Indian Medical Review
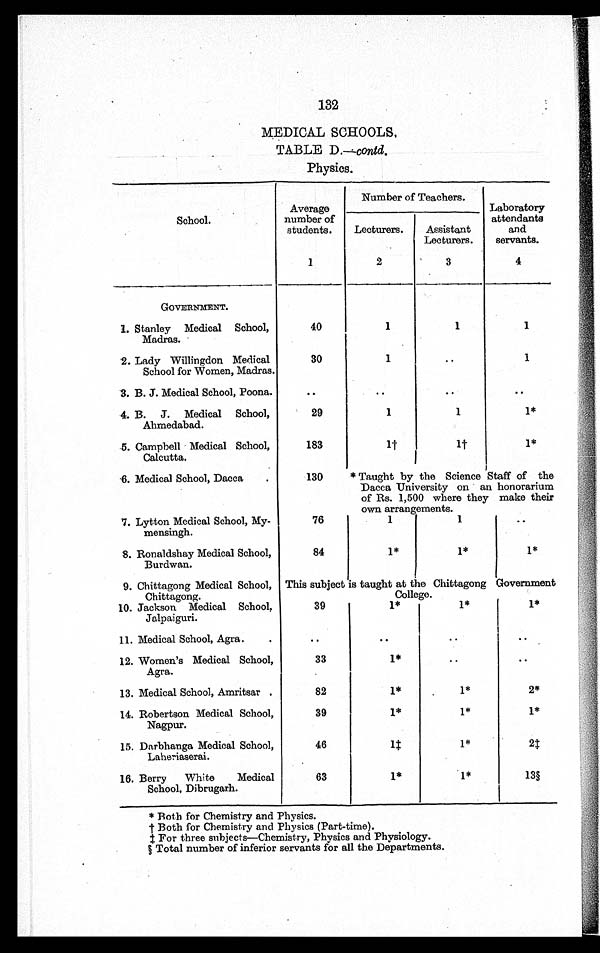
to
132
MEDICAL SCHOOLS,
TABLE D.—contd.
Physics.
School.
Average
number of
students.
Number of Teachers.
Laboratory
attendants
and
servants.
Lecturers.
Assistant
Lecturers.
1
2
3
4
GOVERNMENT.
1. Stanley Medical School,
Madras.
40
1
1
1
2. Lady Willingdon Medical
School for Women, Madras.
30
1
..
1
3. B. J. Medical School, Poona.
..
..
..
..
4. B.J.
Medical School,
Ahmedabad.
29
1
1
1*
5. Campbell Medical School,
Calcutta.
183
1 †
1 †
1*
6. Medical School, Dacca
130
* Taught by the Science Staff of the
Dacca University on an honorarium
of Rs. 1,500 where they make their
own arrangements.
7. Lytton Medical School, My-
mensingh.
76
1
1
..
8. Ronaldshay Medical School,
Burdwan.
84
1*
1*
1*
9. Chittagong Medical School,
Chittagong.
This subject is taught at the ChittagongGovernment
College.
10. Jackson Medical School,
Jalpaiguri.
39
1*
1*
1*
11. Medical School, Agra..
..
..
..
..
12. Women's Medical School,
Agra.
33
1*
..
..
13. Medical School, Amritsar.
82
1*
1*
2*
14. Robertson Medical School,
Nagpur.
39
1*
1*
1*
15. Darbhanga Medical School,
Laheriaserai.
46
1†
1*
2†
16. Berry
White
Medical
School, Dibrugarh.
63
1*
1*
13§
* Both for Chemistry and Physics.
†Both for Chemistry and Physics (Part-time).
†For three subjects—Chemistry, Physics and Physiology.
§ Total number of inferior servants for all the Departments.